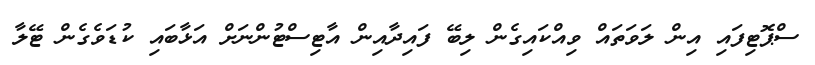
ސްޕޮޓިފައި އިން ލަވަތައް ވިއްކައިގެން ލިބޭ ފައިދާއިން އާޓިސްޓުންނަށް އަޅާބައި ކުޑަވެގެން ޓޭލާ